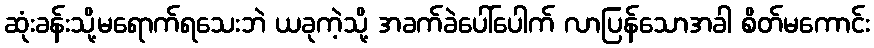
ဆုံးခန်းသို့မရောက်ရသေးဘဲ ယခုကဲ့သို့ အခက်ခဲပေါ်ပေါက် လာပြန်သောအခါ စိတ်မကောင်း